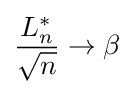
{\frac {L_{n}^{*}}{\sqrt {n}}}\rightarrow \beta